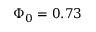
\Phi _ { 0 } = 0 . 7 3